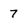
Character: 7